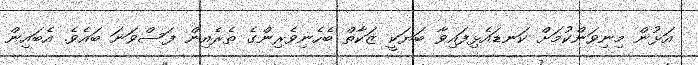
އަޅުން މިނިވަންކުމަށް ކަނޑައެޅިފައިވާ ބަޔަކީ ޒަކާތް ބެހެނިވެރިންގެ ތެރެއިން ފަސްވަނަ ބައެވެ. އެބައިން